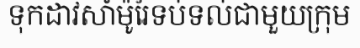
ទុកដាវសាំម៉ូរៃទប់ទល់ជាមួយក្រុម